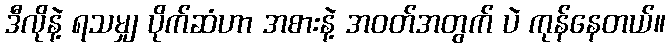
ဒီလိုနဲ့ ရသမျှ ပိုက်ဆံဟာ အစားနဲ့ အဝတ်အတွက် ပဲ ကုန်နေတယ်။